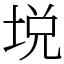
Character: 㙂